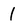
Character: 1